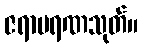
ဇရာမရဏသုတ်။